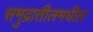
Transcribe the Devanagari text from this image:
समुद्रातीलमधील